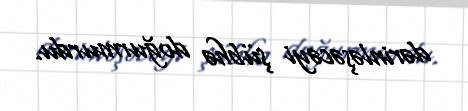
dərinləşəcəyi şübhə doğurmurdu.